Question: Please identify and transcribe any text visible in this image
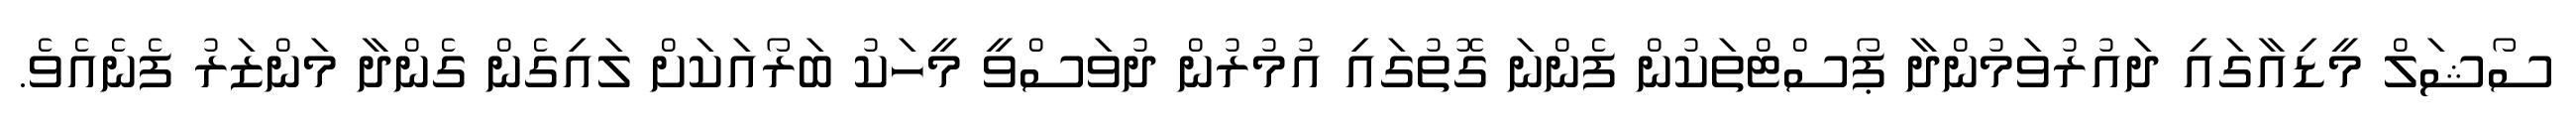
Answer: ސޯޝަލް މީޑިއާގައި ދައުރުވަމުންދާ ޕޯސްޓްތަކުން ފެންނަ ގޮތުގައި އުމުރުން ދުވަސްވީ މީހަކު ބަރޯއަކަށް ލައިގެން ގެންދާ މަންޒަރު ފެނެއެވެ.